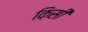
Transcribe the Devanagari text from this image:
क़िसी